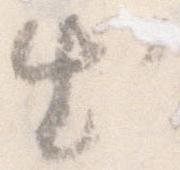
出